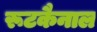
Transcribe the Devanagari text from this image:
रूटकैनाल